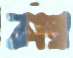
কাল্ব